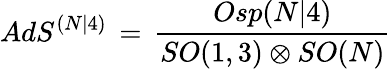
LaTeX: AdS^{(N|4)}\, =\, \frac{Osp(N\vert 4)}{SO(1,3)\otimes SO(N)}